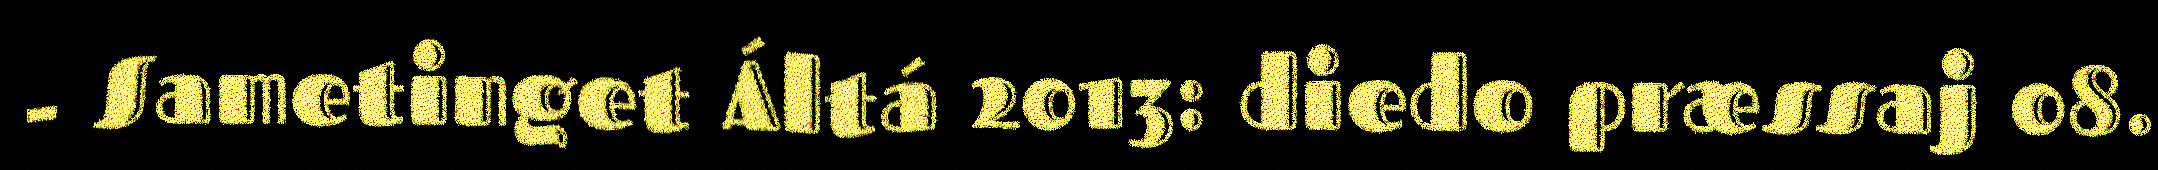
- Sametinget Áltá 2013: diedo præssaj 08.